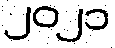
၂၀၂၁